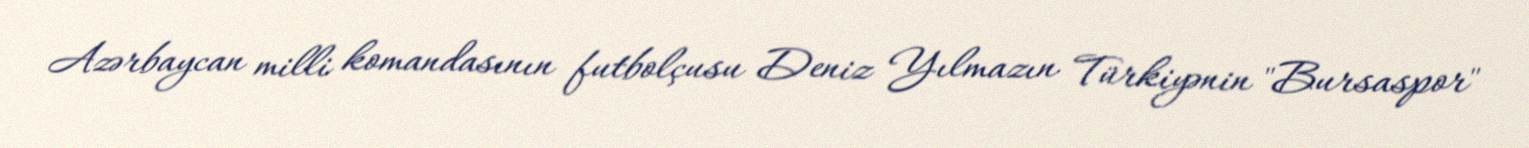
Azərbaycan milli komandasının futbolçusu Deniz Yılmazın Türkiyənin "Bursaspor"